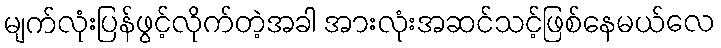
မျက်လုံးပြန်ဖွင့်လိုက်တဲ့အခါ အားလုံးအဆင်သင့်ဖြစ်နေမယ်လေ